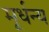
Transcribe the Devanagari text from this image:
मूर्धन्‍य